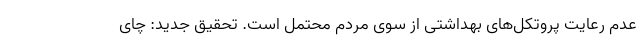
عدم رعایت پروتکل‌های بهداشتی از سوی مردم محتمل است. تحقیق جدید: چای